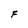
Character: F